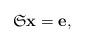
LaTeX: \begin{align*}\mathfrak{S} \bf x=\bf e,\end{align*}